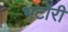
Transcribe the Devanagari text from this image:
भटोरी